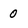
Character: 0